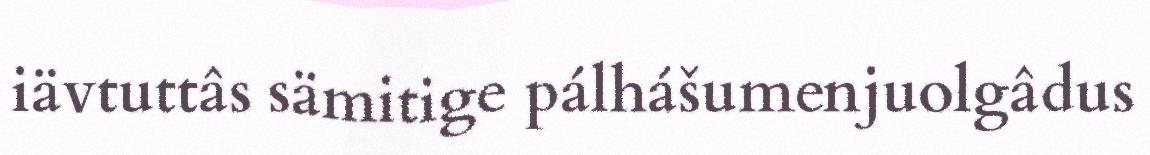
iävtuttâs sämitige pálhášumenjuolgâdus